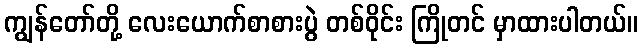
ကျွန်တော်တို့ လေးယောက်စာစားပွဲ တစ်ဝိုင်း ကြိုတင် မှာထားပါတယ်။